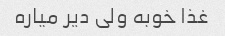
غذا خوبه ولی دیر میاره